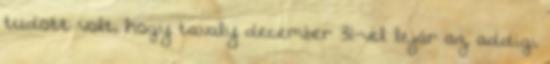
tudott volt, hogy tavaly december 31-vel lejár az addigi